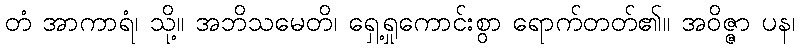
တံ အာကာရံ၊ သို့။ အဘိသမေတိ၊ ရှေ့ရှုကောင်းစွာ ရောက်တတ်၏။ အဝိဇ္ဇာ ပန၊